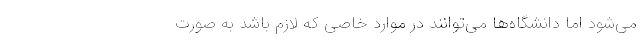
می‌شود اما دانشگاه‌ها می‌توانند در موارد خاصی که لازم باشد به صورت